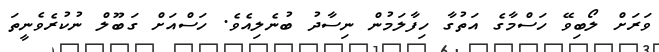
ވަރަށް ލޯބިވޭ ހަސްމާގެ އަތުގާ ހިފާލަމުން ނިސާދު ބުނެލިއެވެ. ހަސްއަށް ގަބޫލް ނުކުރެވެނީތަ